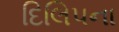
દિલિપના